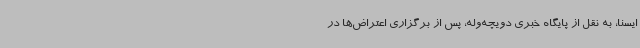
ایسنا، به نقل از پایگاه خبری دویچه‌وله، پس از برگزاری اعتراض‌ها در